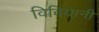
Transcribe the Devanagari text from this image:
विवियानी